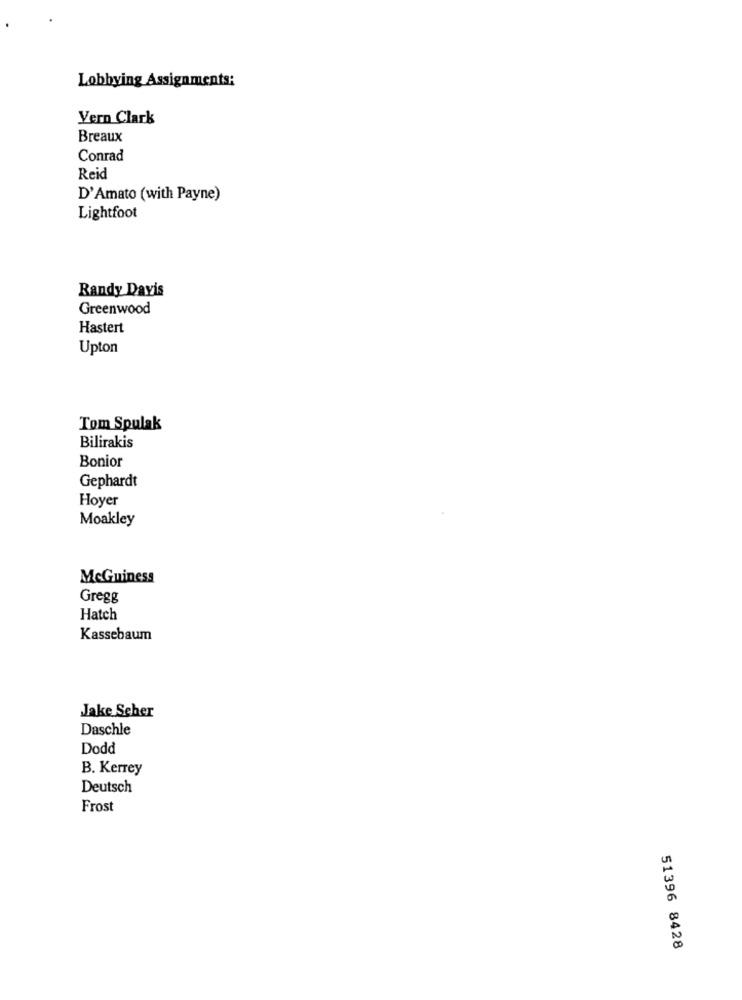
Lobbying Assignments:
Vern Clark
Breaux
Conrad
Reid
D'Amato (with Payne)
Lightfoot
Randy Davis
Greenwood
Hastert
Upton
Tom Spulak
Bilirakis
Bonior
Gephardt
Hoyer
Moakley
McGuiness
Gregg
Hatch
Kassebaum
Jake Scher
Daschle
Dodd
B. Kerrey
Deutsch
Frost
51396 8428